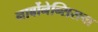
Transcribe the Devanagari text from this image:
नार्बोनेन्सिसचा